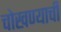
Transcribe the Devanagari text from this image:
चोखण्याची